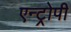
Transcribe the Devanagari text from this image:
एन्ट्रोपी